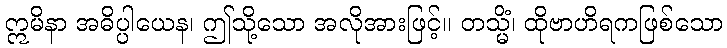
ဣမိနာ အဓိပ္ပါယေန၊ ဤသို့သော အလိုအားဖြင့်။ တသ္မိံ၊ ထိုဗာဟိရကဖြစ်သော